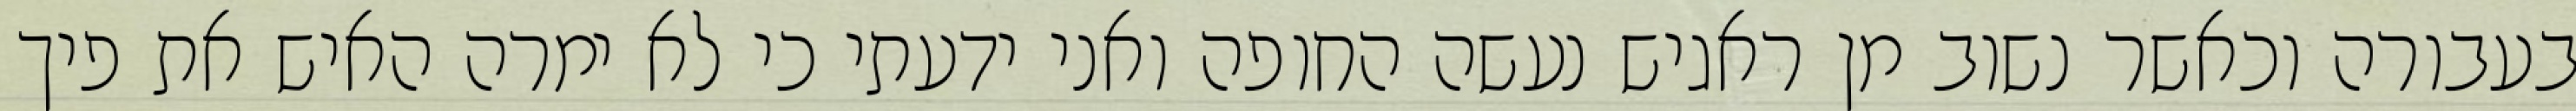
בעבורה וכאשר נשוב מן ראגיש נעשה החופה ואני ידעתי כי לא ימרה האיש את פיך